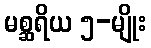
မစ္ဆရိယ ၅-မျိုး